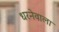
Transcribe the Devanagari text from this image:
धरनेवाला